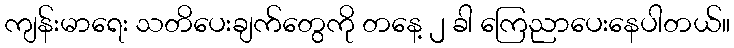
ကျန်းမာရေး သတိပေးချက်တွေကို တနေ့ ၂ ခါ ကြေညာပေးနေပါတယ်။